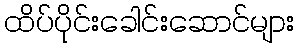
ထိပ်ပိုင်းခေါင်းဆောင်များ